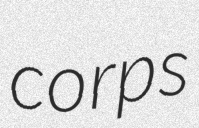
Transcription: corps